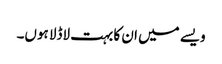
ویسے میں ان کا بہت لاڈلا ہوں۔